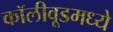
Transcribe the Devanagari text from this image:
कॉलीवूडमध्ये